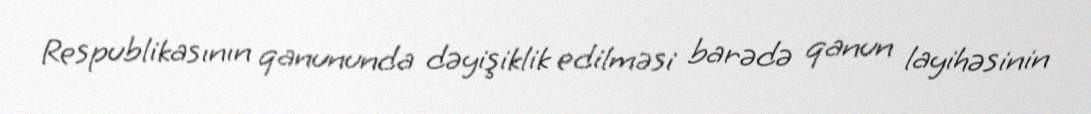
Respublikasının qanununda dəyişiklik edilməsi barədə qanun layihəsinin